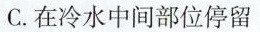
C. 在冷水中间部位停留